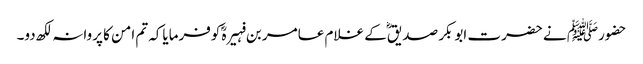
حضورﷺ نے حضرت ابوبکر صدیقؓ کے غلام عامر بن فہیرہؓ کوفرمایاکہ تم امن کا پروانہ لکھ دو۔